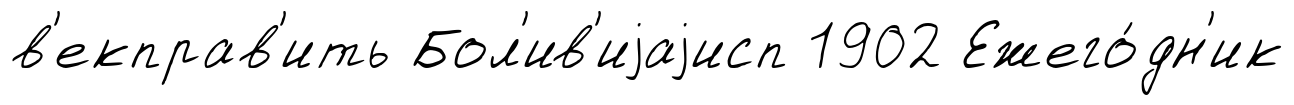
в'екправ'ить Бол'ив'иjаjисп 1902 Ежего́дн'ик